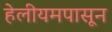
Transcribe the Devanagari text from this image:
हेलीयमपासून